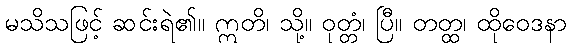
မသိသဖြင့် ဆင်းရဲ၏။ ဣတိ၊ သို့။ ဝုတ္တံ၊ ပြီ။ တတ္ထ၊ ထိုဝေဒနာ